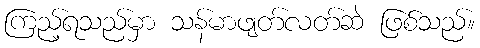
ကြည့်ရသည်မှာ သန်မာဖျတ်လတ်ဆဲ ဖြစ်သည်။